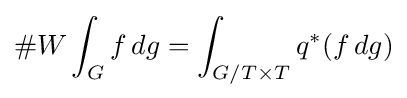
\#W\int _{G}f\,dg=\int _{G/T\times T}q^{*}(f\,dg)